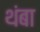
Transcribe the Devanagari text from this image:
थंबा